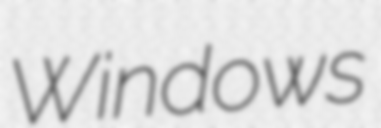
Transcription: Windows